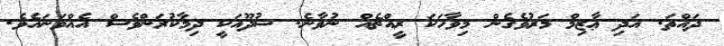
ދައްތަ. އަދި ޢާޒިމް މަރުވެގެން މިވާހަކަ ރީއްޗެއް ނުވާނެ. ޝުދޫއަކީ ދިމާކުރަންވެސް އެއްވަނައެވެ.